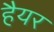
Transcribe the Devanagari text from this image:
हैयर